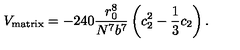
V _ { \mathrm { m a t r i x } } = - 2 4 0 { \frac { r _ { 0 } ^ { 8 } } { N ^ { 7 } b ^ { 7 } } } \left( c _ { 2 } ^ { 2 } - { \frac { 1 } { 3 } } c _ { 2 } \right) .